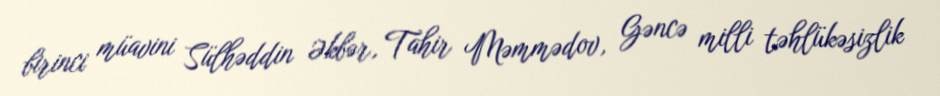
birinci müavini Sülhəddin Əkbər, Tahir Məmmədov, Gəncə milli təhlükəsizlik